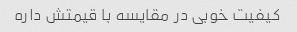
کیفیت خوبی در مقایسه با قیمتش داره